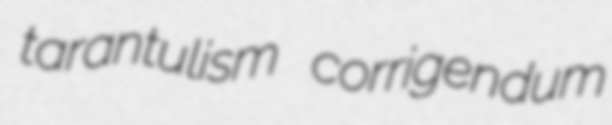
tarantulism corrigendum